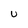
Character: u